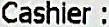
CASHIER :